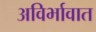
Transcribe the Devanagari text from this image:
अविर्भावात